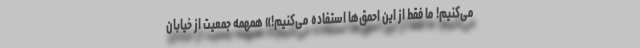
می‌کنیم! ما فقط از این احمق‌ها استفاده می‌کنیم!» همهمه جمعیت از خیابان